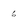
Character: 6